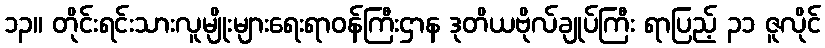
၁၃။ တိုင်းရင်းသားလူမျိုးများရေးရာဝန်ကြီးဌာန ဒုတိယဗိုလ်ချုပ်ကြီး ရာပြည့် ၃၁ ဇူလိုင်